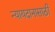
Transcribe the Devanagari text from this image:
न्यायदानासाठी